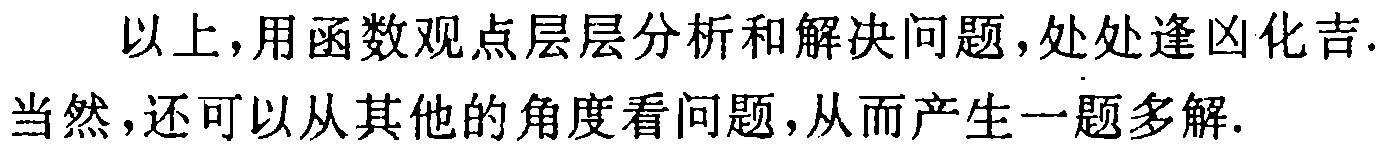
以上，用函数观点层层分析和解决问题，处处逢凶化吉.当然，还可以从其他的角度看问题，从而产生一题多解.